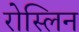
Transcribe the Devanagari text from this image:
रोस्लिन